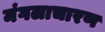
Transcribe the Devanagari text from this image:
मंगलाचारण